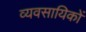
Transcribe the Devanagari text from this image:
व्यवसायिकों